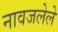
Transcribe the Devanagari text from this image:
नावजलेले